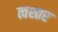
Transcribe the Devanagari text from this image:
त्वश्तर